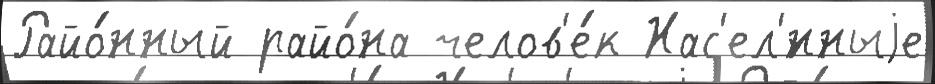
Райо́нный райо́на челов'е́к Нас'ел'́нныjе